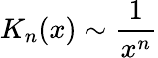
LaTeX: K_{n}(x)\sim\frac{1}{x^{n}}